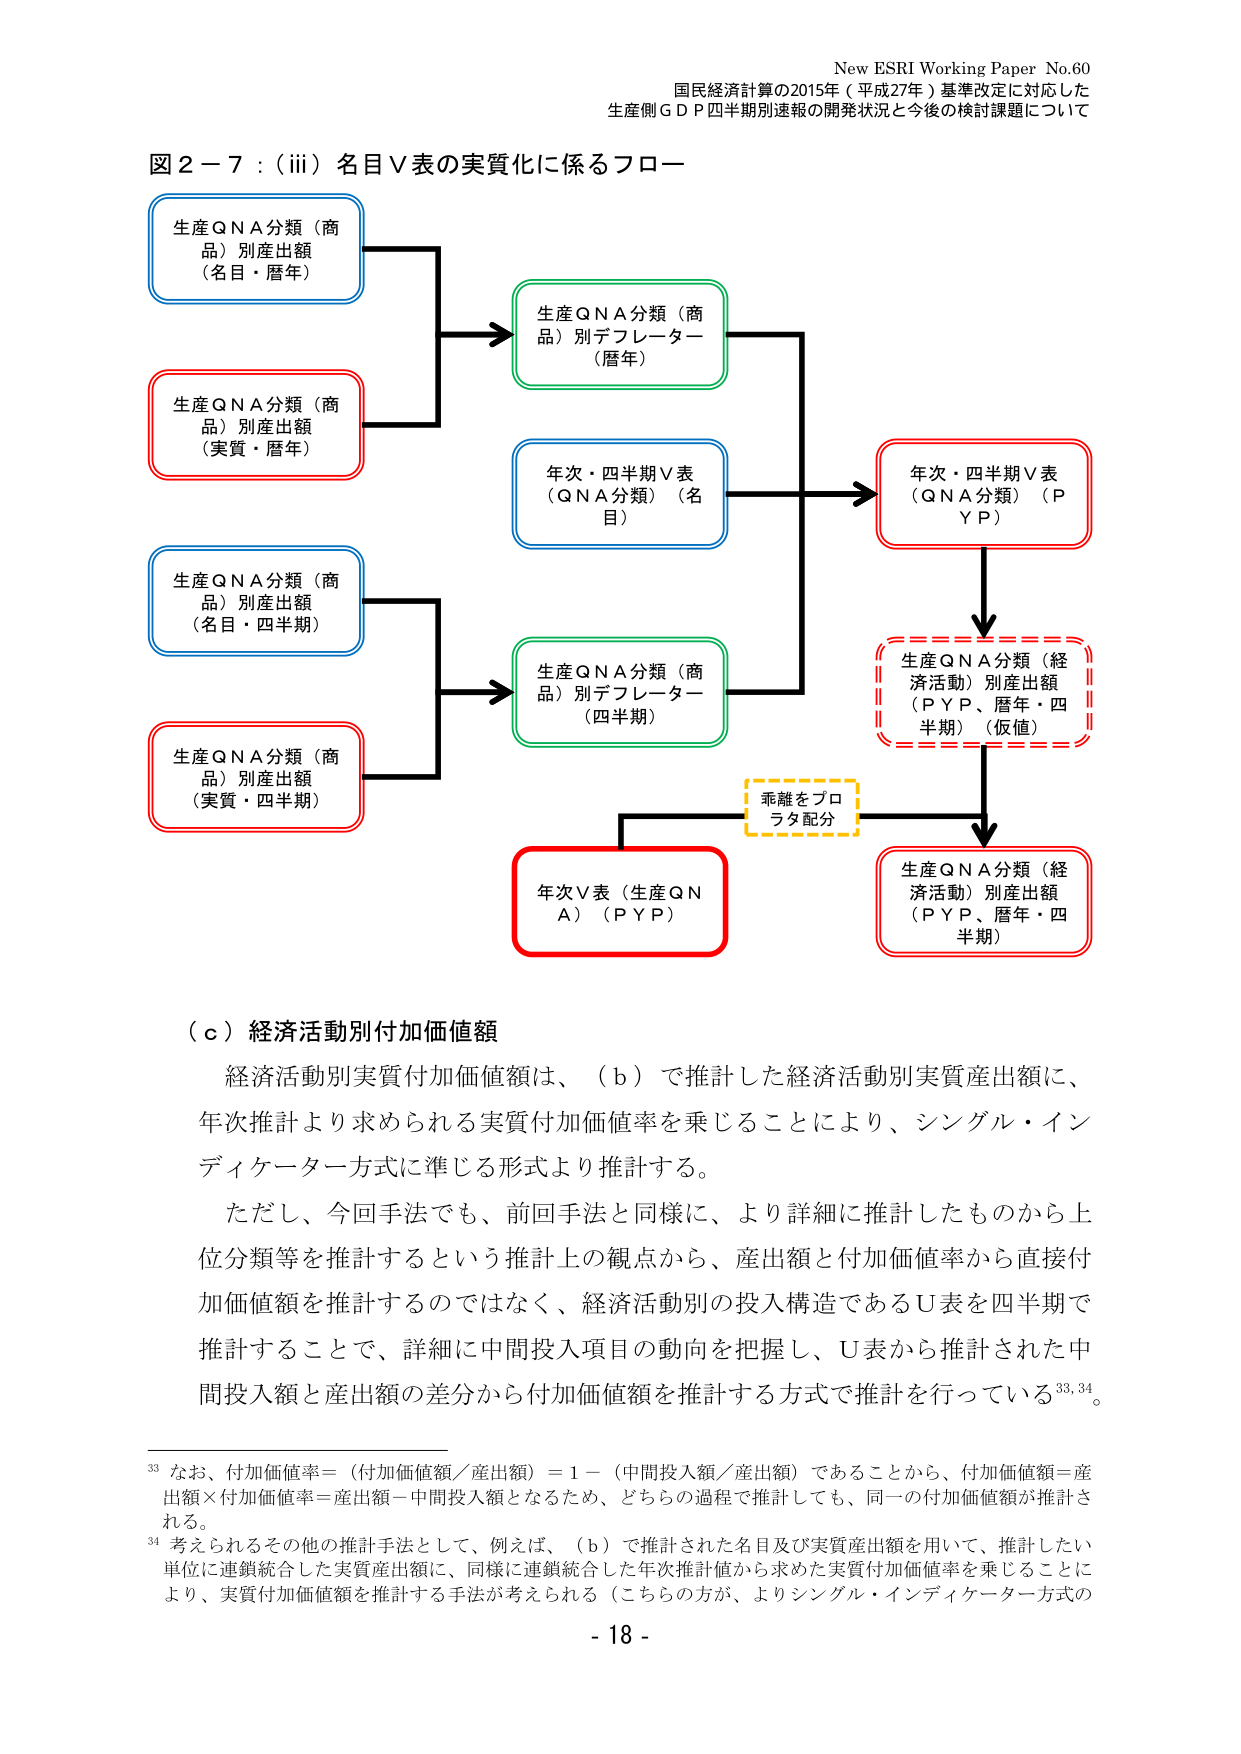
New ESRI Working Paper No.60
国民経済計算の2015年（平成27年）基準改定に対応した
生産側ＧＤＰ四半期別速報の開発状況と今後の検討課題について

図２－７：（iii）名目Ｖ表の実質化に係るフロー

生産QNA分類（商品）別産出額（名目・暦年）
生産QNA分類（商品）別産出額（実質・暦年）
生産QNA分類（商品）別産出額（名目・四半期）
生産QNA分類（商品）別産出額（実質・四半期）

生産QNA分類（商品）別デフレーター（暦年）
年次・四半期Ｖ表（QNA分類）（名目）
生産QNA分類（商品）別デフレーター（四半期）
年次Ｖ表（生産QNA）（PYP）
年次・四半期Ｖ表（QNA分類）（PYP）
生産QNA分類（経済活動）別産出額（PYP、暦年・四半期）（仮値）
生産QNA分類（経済活動）別産出額（PYP、暦年・四半期）
乖離をプロラタ配分

（ｃ）経済活動別付加価値額
経済活動別実質付加価値額は、（ｂ）で推計した経済活動別実質産出額に、
年次推計より求められる実質付加価値率を乗じることにより、シングル・イン
ディケーター方式に準じる形式より推計する。
ただし、今回手法でも、前回手法と同様に、より詳細に推計したものから上
位分類等を推計するという推計上の観点から、産出額と付加価値率から直接付
加価値額を推計するのではなく、経済活動別の投入構造であるU表を四半期で
推計することで、詳細に中間投入項目の動向を把握し、U表から推計された中
間投入額と産出額の差分から付加価値額を推計する方式で推計を行っている³³,³⁴。

³³ なお、付加価値率＝（付加価値額／産出額）＝１－（中間投入額／産出額）であることから、付加価値額＝産
出額×付加価値率＝産出額－中間投入額となるため、どちらの過程で推計しても、同一の付加価値額が推計さ
れる。
³⁴ 考えられるその他の推計手法として、例えば、（ｂ）で推計された名目及び実質産出額を用いて、推計したい
単位に連鎖統合した実質産出額に、同様に連鎖統合した年次推計値から求めた実質付加価値率を乗じることに
より、実質付加価値額を推計する手法が考えられる（こちらの方が、よりシングル・インディケーター方式の

- 18 -